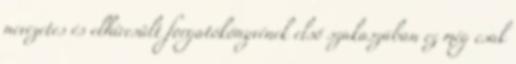
nevezetes és elhíresült forgatókönyvének első szakaszában ez még csak